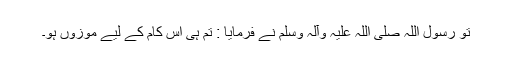
تو رسول اللہ صلی اللہ علیہ وآلہ وسلم نے فرمایا : تم ہی اس کام کے لیے موزوں ہو۔